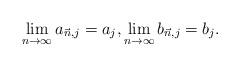
LaTeX: \begin{align*} \lim_{n \to \infty} a_{\vec{n},j} = a_j, \lim_{n \to \infty} b_{\vec{n},j} = b_j. \end{align*}